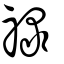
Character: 禄